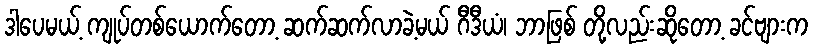
ဒါပေမယ့် ကျုပ်တစ်ယောက်တော့ ဆက်ဆက်လာခဲ့မယ် ဂီဒီယံ၊ ဘာဖြစ် တို့လည်းဆိုတော့ ခင်ဗျားက